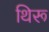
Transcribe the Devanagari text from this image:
थिरू